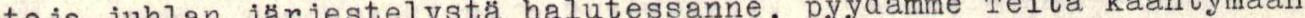
toja juhlan järjestelystä halutessanne, pyydämme Teitä kääntymään